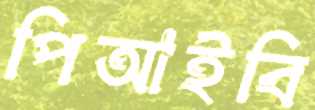
পিআইবি